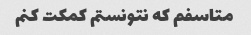
متاسفم که نتونستم کمکت کنم